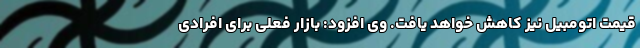
قیمت اتومبیل نیز کاهش خواهد یافت. وی افزود: بازار فعلی برای افرادی